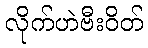
လိုက်ဟဲဗီးဝိတ်